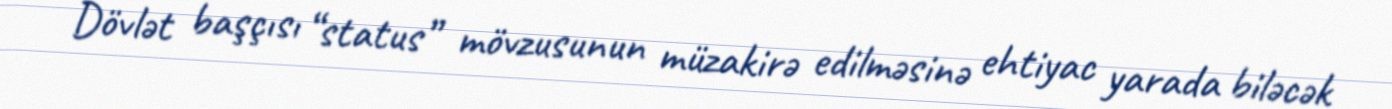
Dövlət başçısı “status” mövzusunun müzakirə edilməsinə ehtiyac yarada biləcək